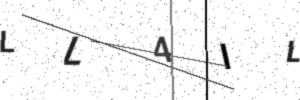
Text: LL4IL